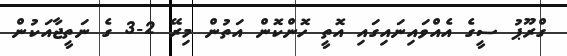
ގްރޫޕު ސީގެ އެއްވައިނައިގައި އޮތީ ހޮންކޮން އަތުން މިރޭ 2-3 ގެ ނަތީޖާއަކުން